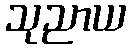
သုညာယ